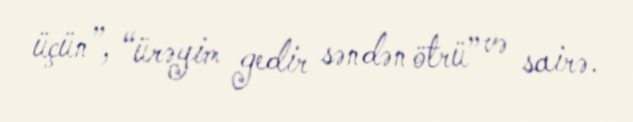
üçün”, “ürəyim gedir səndən ötrü” və sairə.